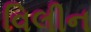
વિલીન